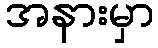
အနားမှာ